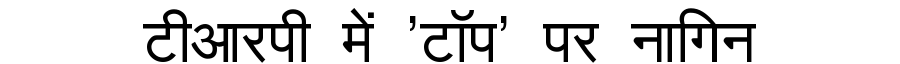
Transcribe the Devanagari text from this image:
टीआरपी में 'टॉप' पर नागिन